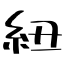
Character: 紐